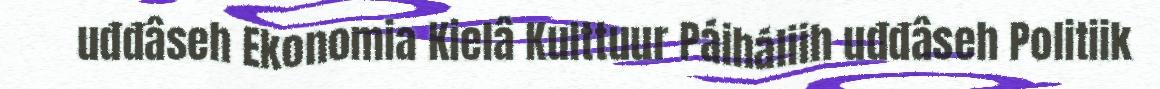
uđđâseh Ekonomia Kielâ Kulttuur Páiháliih uđđâseh Politiik